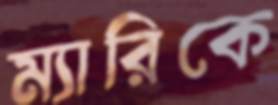
ম্যারিকে